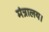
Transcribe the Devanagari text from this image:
मंत्रालय।